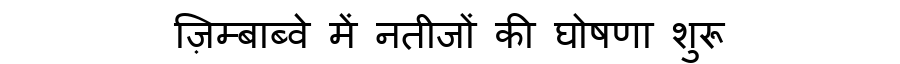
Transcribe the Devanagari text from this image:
ज़िम्बाब्वे में नतीजों की घोषणा शुरू